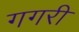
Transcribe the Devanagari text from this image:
गगरी